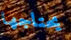
يحتاجها